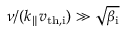
\nu / ( k _ { \parallel } v _ { \mathrm { t h , i } } ) \gg \sqrt { \beta _ { \mathrm { i } } }